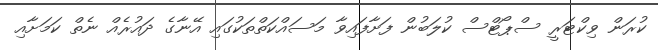
ކުރަން ވިކްޓަރީ ސްޕޯޓްސް ކުލަބުން ފަށާފައިވާ މަސައްކަތްތަކުގައި އޭނާގެ ދައުރެއް ނެތް ކަމަށާއި